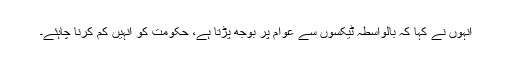
انہوں نے کہا کہ بالواسطہ ٹیکسوں سے عوام پر بوجھ پڑتا ہے، حکومت کو انہیں کم کرنا چاہئے۔